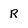
Character: R